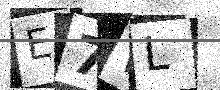
Text: E7WL